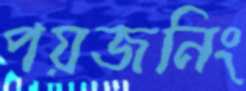
পয়জনিং